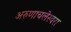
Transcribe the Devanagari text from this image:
अरुणाचलेस्वरा